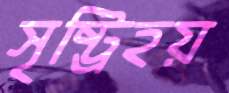
সৃষ্ট্রিহয়